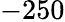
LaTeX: -250